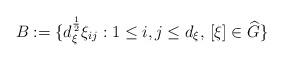
LaTeX: \begin{align*} B:= \{d_\xi^{\frac{1}{2}}\xi_{ij}:1\leq i,j\leq d_\xi,\,[\xi]\in \widehat{G}\}\end{align*}